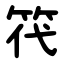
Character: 笩